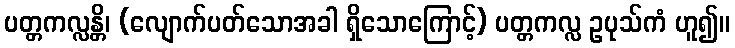
ပတ္တကလ္လန္တိ၊ (လျောက်ပတ်သောအခါ ရှိသောကြောင့်) ပတ္တကလ္လ ဥပုသ်ကံ ဟူ၍။